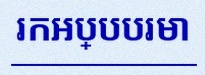
រកអប្បបរមា